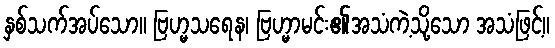
နှစ်သက်အပ်သော။ ဗြဟ္မသရေန၊ ဗြဟ္မာမင်း၏အသံကဲ့သို့သော အသံဖြင့်။